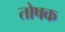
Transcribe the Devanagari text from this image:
तोषक